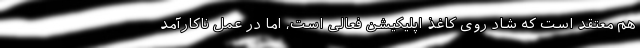
هم معتقد است که شاد روی کاغذ اپلیکیشن فعالی است، اما در عمل ناکارآمد